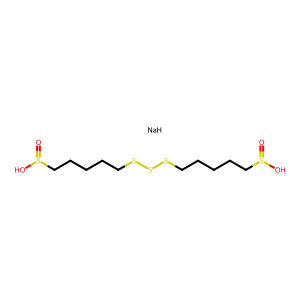
SMILES: O=S(O)CCCCCSSSCCCCCS(=O)O.[NaH]
Inhibits HIV replication: No